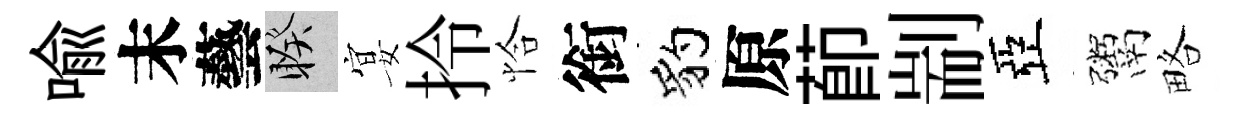
喩末藝睽宴拎恰銜豹原莭剬亞鬻略